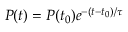
\begin{array} { r } { P ( t ) = P ( t _ { 0 } ) e ^ { - ( t - t _ { 0 } ) / \tau } } \end{array}